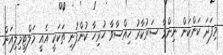
މިފަދަ ކަންކަން ނިންމާ ސަރުކާރު ހިއްސާވާ ހުރިހާ ކުންފުނި ތަކަކީ އެއީ މަލްޓިމިލިއަން